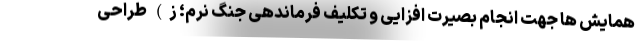
همایش ها جهت انجام بصیرت افزایی و تکلیف فرماندهی جنگ نرم؛ ز) طراحی